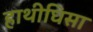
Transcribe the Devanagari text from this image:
हाथीघिसा